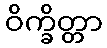
ဝိက္ခိတ္တာ